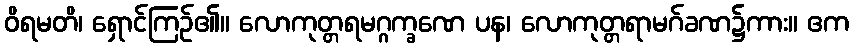
ဝိရမတိ၊ ရှောင်ကြဉ်၏။ လောကုတ္တရမဂ္ဂက္ခဏေ ပန၊ လောကုတ္တရာမဂ်ခဏ၌ကား။ ဧက